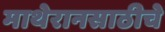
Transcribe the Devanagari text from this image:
माथेरानसाठीचे